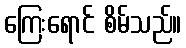
ကြေးရောင် စိမ်သည်။